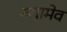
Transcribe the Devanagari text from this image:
रूपामेव